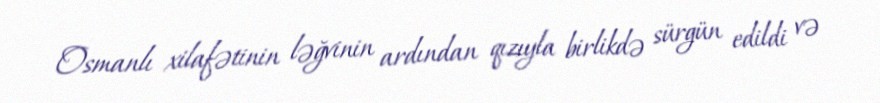
Osmanlı xilafətinin ləğvinin ardından qızıyla birlikdə sürgün edildi və